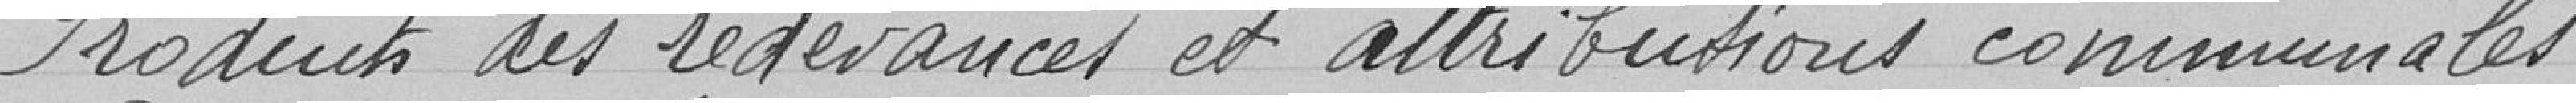
Produits des redevances et attributions communales